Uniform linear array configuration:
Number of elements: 32
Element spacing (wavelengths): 0.75
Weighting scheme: uniform
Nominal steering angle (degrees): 30
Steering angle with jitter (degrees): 29.643
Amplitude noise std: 0.05
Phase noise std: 0.05

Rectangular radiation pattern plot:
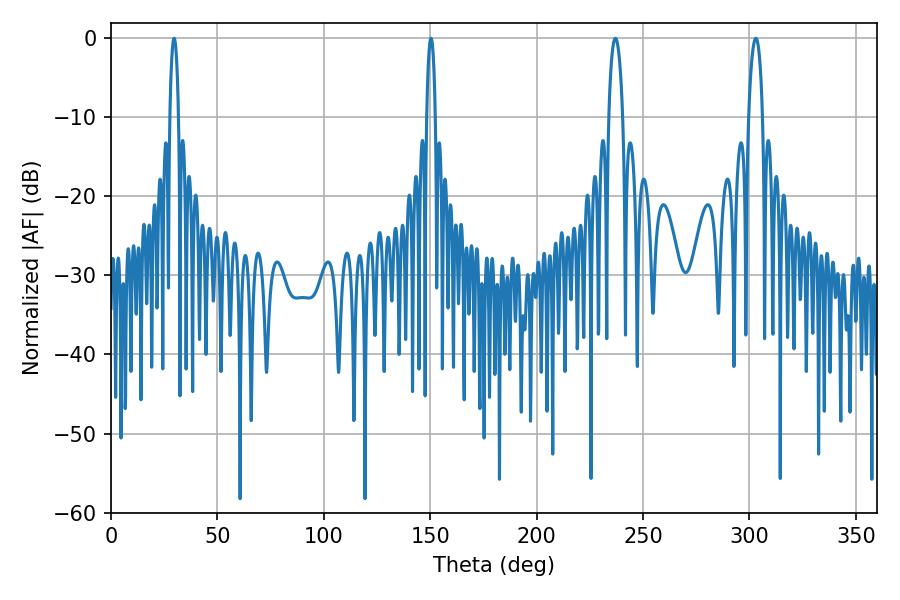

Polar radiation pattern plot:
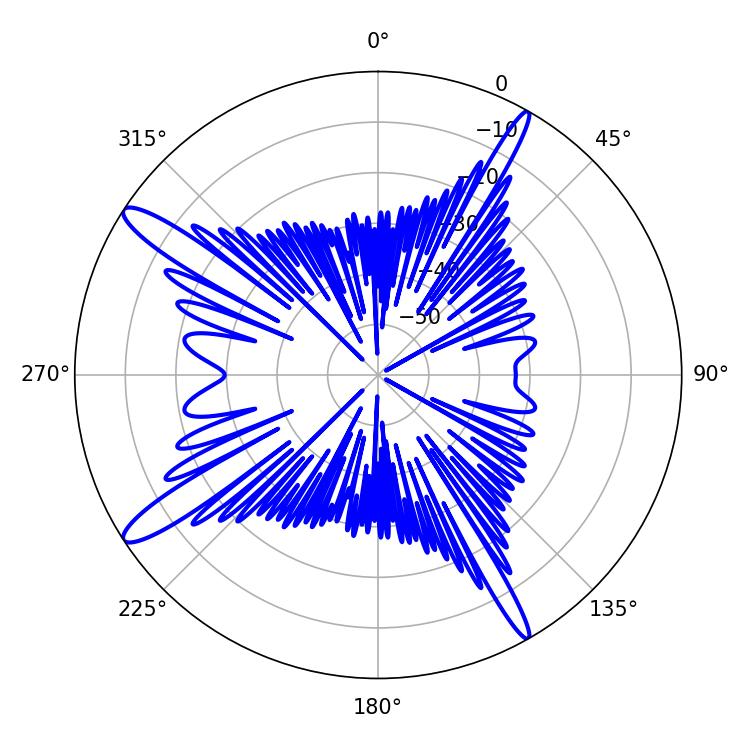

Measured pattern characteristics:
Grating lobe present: TRUE
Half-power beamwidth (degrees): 3.6
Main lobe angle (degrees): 302.94